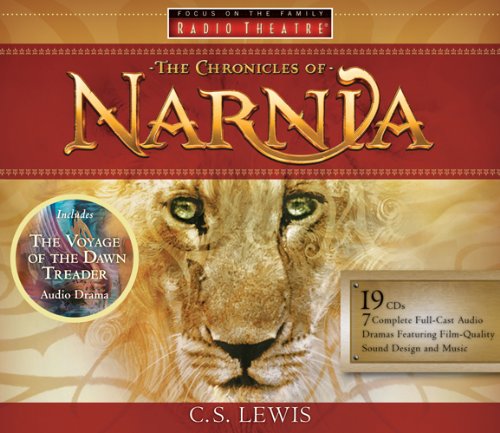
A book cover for The Chronicles of Narnia: Never Has the Magic Been So Real (Radio Theatre) [Full Cast Drama]; C. S. Lewis; Christian Books & Bibles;